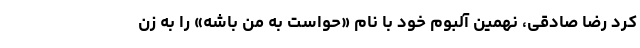
کرد رضا صادقی، نهمین آلبوم خود با نام «حواست به من باشه» را به زن